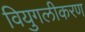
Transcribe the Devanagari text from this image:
वियुगलीकरण